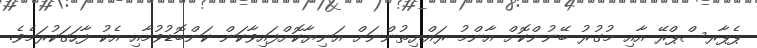
ޕެޕާރސްޕްރޭ އާއި މުގުރު ބޭނުންކޮށް އާންމު ރައްޔިތުންނަށް އަނިޔާކޮށްފައިވާކަން ކަންބޮޑުވުމާއި އެކު ފާހަގަކުރަމެވެ.